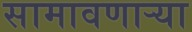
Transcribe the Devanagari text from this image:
सामावणाऱ्या